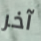
آخر